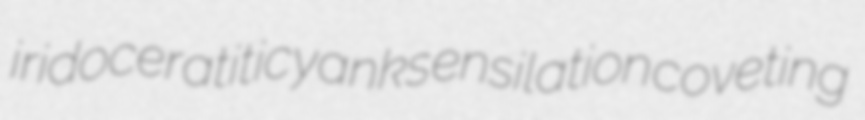
iridoceratitic yanks ensilation coveting